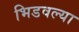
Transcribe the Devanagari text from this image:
भिडवल्या